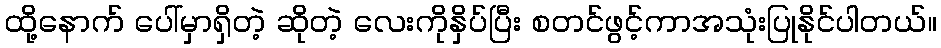
ထို့နောက် ပေါ်မှာရှိတဲ့ ဆိုတဲ့ လေးကိုနှိပ်ပြီး စတင်ဖွင့်ကာအသုံးပြုနိုင်ပါတယ်။